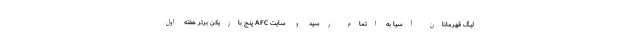
لیگ قهرمانان آسیا به اتمام رسید و سایت AFC پنج بازیکن برتر هفته اول